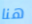
هنا